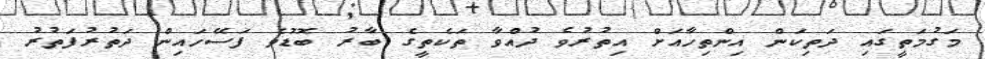
މަގުމަތީގައި ދަތިކަން އިންތިހާއަށް އިތުރުވެ ދުއްވާ ތަކެތީގެ ބާރު ބޮޑުވެ ފަސޭހައިން ދަތުރުފަތުރު